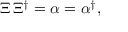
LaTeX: \Xi \, \Xi ^ { \dagger } = \alpha = \alpha ^ { \dagger } ,